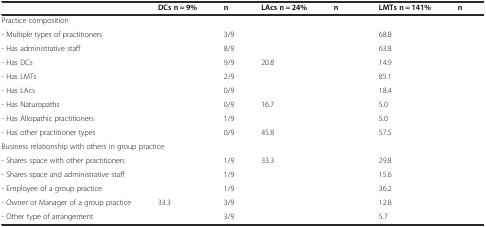
<table><thead><tr><td>[EMPTY_CELL]</td><td><b>DCs n = 9%</b></td><td><b>n</b></td><td><b>LAcs n = 24%</b></td><td><b>n</b></td><td><b>LMTs n = 141%</b></td><td><b>n</b></td></tr></thead><tbody><tr><td colspan="7">Practice composition</td></tr><tr><td>- Multiple types of practitioners</td><td>[EMPTY_CELL]</td><td>3/9</td><td>[EMPTY_CELL]</td><td>[EMPTY_CELL]</td><td>68.8</td><td>[EMPTY_CELL]</td></tr><tr><td>- Has administrative staff</td><td>[EMPTY_CELL]</td><td>8/9</td><td>[EMPTY_CELL]</td><td>[EMPTY_CELL]</td><td>63.8</td><td>[EMPTY_CELL]</td></tr><tr><td>- Has DCs</td><td>[EMPTY_CELL]</td><td>9/9</td><td>20.8</td><td>[EMPTY_CELL]</td><td>14.9</td><td>[EMPTY_CELL]</td></tr><tr><td>- Has LMTs</td><td>[EMPTY_CELL]</td><td>2/9</td><td>[EMPTY_CELL]</td><td>[EMPTY_CELL]</td><td>85.1</td><td>[EMPTY_CELL]</td></tr><tr><td>- Has LAcs</td><td>[EMPTY_CELL]</td><td>0/9</td><td>[EMPTY_CELL]</td><td>[EMPTY_CELL]</td><td>18.4</td><td>[EMPTY_CELL]</td></tr><tr><td>- Has Naturopaths</td><td>[EMPTY_CELL]</td><td>0/9</td><td>16.7</td><td>[EMPTY_CELL]</td><td>5.0</td><td>[EMPTY_CELL]</td></tr><tr><td>- Has Allopathic practitioners</td><td>[EMPTY_CELL]</td><td>1/9</td><td>[EMPTY_CELL]</td><td>[EMPTY_CELL]</td><td>5.0</td><td>[EMPTY_CELL]</td></tr><tr><td>- Has other practitioner types</td><td>[EMPTY_CELL]</td><td>0/9</td><td>45.8</td><td>[EMPTY_CELL]</td><td>57.5</td><td>[EMPTY_CELL]</td></tr><tr><td colspan="7">Business relationship with others in group practice</td></tr><tr><td>- Shares space with other practitioners</td><td>[EMPTY_CELL]</td><td>1/9</td><td>33.3</td><td>[EMPTY_CELL]</td><td>29.8</td><td>[EMPTY_CELL]</td></tr><tr><td>- Shares space and administrative staff</td><td>[EMPTY_CELL]</td><td>1/9</td><td>[EMPTY_CELL]</td><td>[EMPTY_CELL]</td><td>15.6</td><td>[EMPTY_CELL]</td></tr><tr><td>- Employee of a group practice</td><td>[EMPTY_CELL]</td><td>1/9</td><td>[EMPTY_CELL]</td><td>[EMPTY_CELL]</td><td>36.2</td><td>[EMPTY_CELL]</td></tr><tr><td>- Owner or Manager of a group practice</td><td>33.3</td><td>3/9</td><td>[EMPTY_CELL]</td><td>[EMPTY_CELL]</td><td>12.8</td><td>[EMPTY_CELL]</td></tr><tr><td>- Other type of arrangement</td><td>[EMPTY_CELL]</td><td>3/9</td><td>[EMPTY_CELL]</td><td>[EMPTY_CELL]</td><td>5.7</td><td>[EMPTY_CELL]</td></tr></tbody></table>